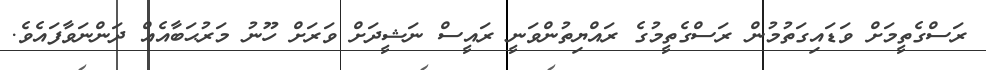
ރަސްގެތީމަށް ވަޑައިގަތުމުން ރަސްގެތީމުގެ ރައްޔިތުންވަނީ ރައީސް ނަޝީދަށް ވަރަށް ހޫނު މަރުޙަބާއެއް ދަންނަވާފައެވެ.